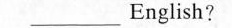
___ English?